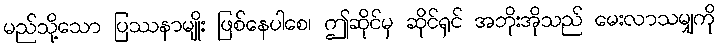
မည်သို့သော ပြဿနာမျိုး ဖြစ်နေပါစေ၊ ဤဆိုင်မှ ဆိုင်ရှင် အဘိုးအိုသည် မေးလာသမျှကို